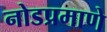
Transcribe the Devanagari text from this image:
नोडप्रमाणे